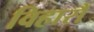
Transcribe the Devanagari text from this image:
विहारौं